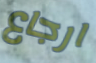
ارجاع